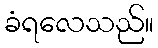
ခံရလေသည်။